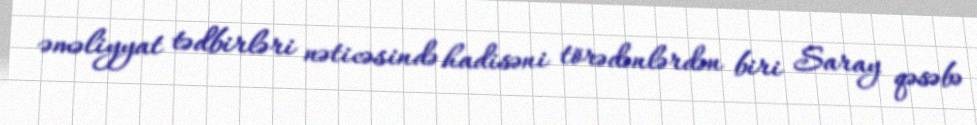
əməliyyat tədbirləri nəticəsində hadisəni törədənlərdən biri Saray qəsəbə